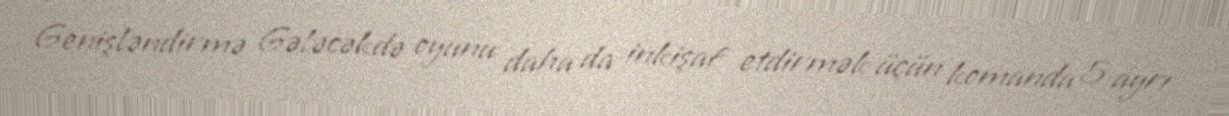
Genişləndirmə Gələcəkdə oyunu daha da inkişaf etdirmək üçün komanda 5 ayrı